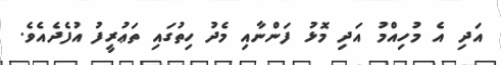
އަދި އެ މުހިއްމު އަދި މޮޅު ފަންނާއި މެދު ހިތުގައި ތަޢުރީފު އުފެދެއެވެ.